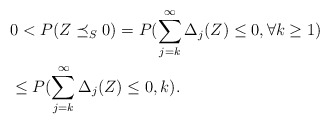
\begin{align*}&0<P(Z\preceq_S 0)=P(\sum_{j=k}^{\infty}\Delta_j(Z)\le 0,\forall k\ge 1)\\&\le P(\sum_{j=k}^{\infty}\Delta_j(Z) \le 0, k).\end{align*}